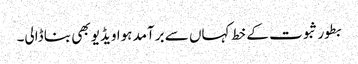
بطور ثبوت کے خط کہاں سے برآمد ہوا ویڈیو بھی بنا ڈالی۔